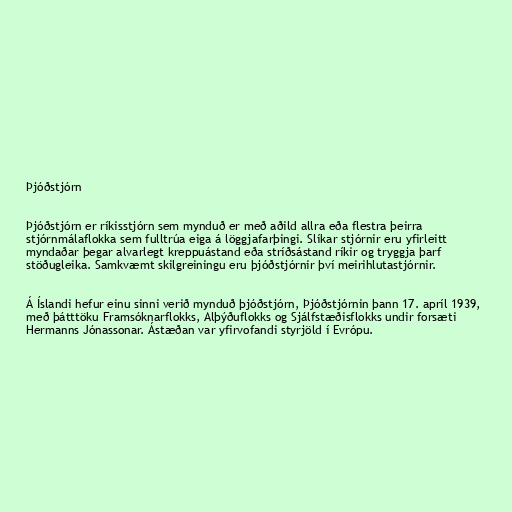
Þjóðstjórn

Þjóðstjórn er ríkisstjórn sem mynduð er með aðild allra eða flestra þeirra
stjórnmálaflokka sem fulltrúa eiga á löggjafarþingi. Slíkar stjórnir eru yfirleitt
myndaðar þegar alvarlegt kreppuástand eða stríðsástand ríkir og tryggja þarf
stöðugleika. Samkvæmt skilgreiningu eru þjóðstjórnir því meirihlutastjórnir.

Á Íslandi hefur einu sinni verið mynduð þjóðstjórn, Þjóðstjórnin þann 17. apríl 1939,
með þátttöku Framsóknarflokks, Alþýðuflokks og Sjálfstæðisflokks undir forsæti
Hermanns Jónassonar. Ástæðan var yfirvofandi styrjöld í Evrópu.